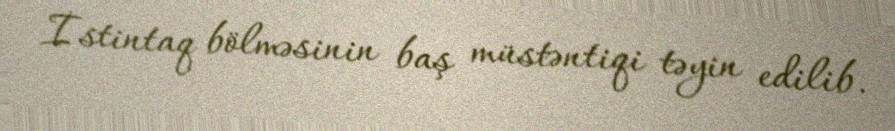
İstintaq bölməsinin baş müstəntiqi təyin edilib.